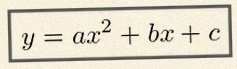
y=ax^2+bx+c